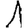
Digit: 1